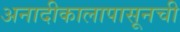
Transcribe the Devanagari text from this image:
अनादीकालापासूनची